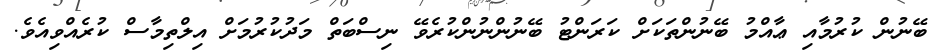
ބޭނުން ކުރުމާއި ޢާއްމު ބޭނުންތަކަށް ކަރަންޓު ބޭނުންނުންކުރެވޭ ނިސްބަތް މަދުކުރުމަށް އިލްތިމާސް ކުރެއްވިއެވެ.